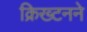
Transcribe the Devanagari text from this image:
क्रिख्टनने